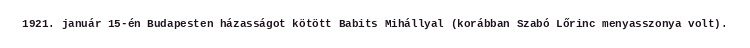
1921. január 15-én Budapesten házasságot kötött Babits Mihállyal (korábban Szabó Lőrinc menyasszonya volt).